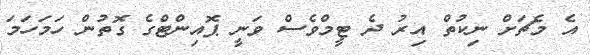
އެ މެޗަށް ނިކުތް އިރު ދެ ޓީމްވެސް ވަނީ ޕޮއިންޓްގެ ގޮތުން ހަމަހަމަ